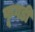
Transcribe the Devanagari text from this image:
फूगडी